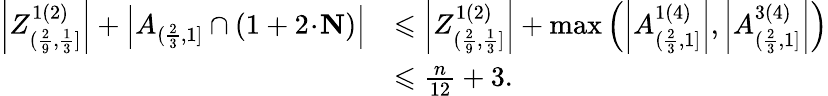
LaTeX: \begin{array}{rl}{\left|Z_{(\frac{2}{9},\frac{1}{3}]}^{1(2)}\right|+\left|A_{(\frac{2}{3},1]}\cap(1+2\! \cdot\! \mathbf{N})\right|}&{\leqslant\left|Z_{(\frac{2}{9},\frac{1}{3}]}^{1(2)}\right|+\operatorname*{max}\left(\left|A_{(\frac{2}{3},1]}^{1(4)}\right|,\left|A_{(\frac{2}{3},1]}^{3(4)}\right|\right)}\\ &{\leqslant\frac{n}{12}+3.}\end{array}